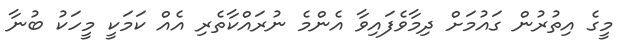
މީގެ އިތުރުން ގައުމަށް ދިމާވެފައިވާ އެންމެ ނުރައްކާތެރި އެއް ކަމަކީ މީހަކު ބުނާ